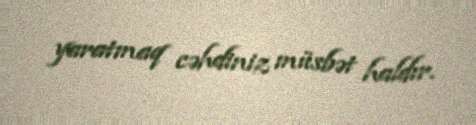
yaratmaq cəhdiniz müsbət haldır.